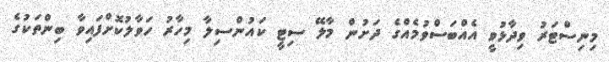
މިނިސްޓަރު ވިދާޅުވީ އެއްބަސްވުމެއްގެ ދަށުން މާލޭ ސިޓީ ކައުންސިލާ މިހާރު ހަވާލުކޮށްފައިވާ ބިންތަކުގެ